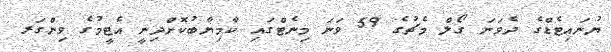
ޔުނައިޓެޑްގެ ދެވަނަ ގޯލް މެޗުގެ 59 ވަނަ މިނެޓްގައި ކާމިޔާބުކޮށްދިނީ އެޓީމުގެ ވިންގަރ